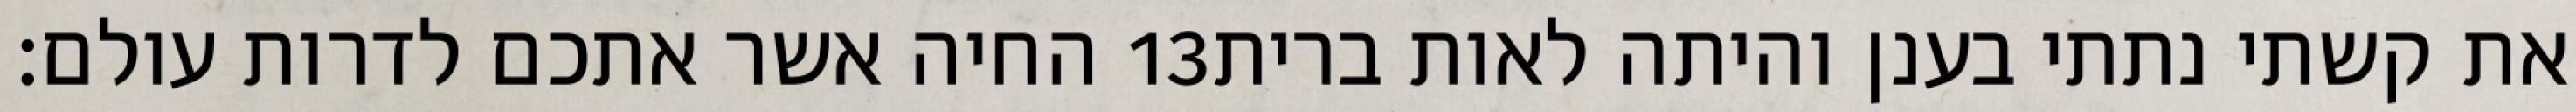
החיה אשר אתכם לדרות עולם׃ ‎13‏ את קשתי נתתי בענן והיתה לאות ברית